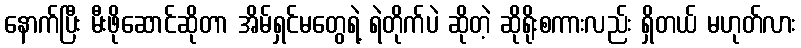
နောက်ပြီး မီးဖိုဆောင်ဆိုတာ အိမ်ရှင်မတွေရဲ့ ရဲတိုက်ပဲ ဆိုတဲ့ ဆိုရိုးစကားလည်း ရှိတယ် မဟုတ်လား